Leprosy in India: report of the Leprosy Commission in India, 1890-91
Year: 1890
Disease focus: Leprosy
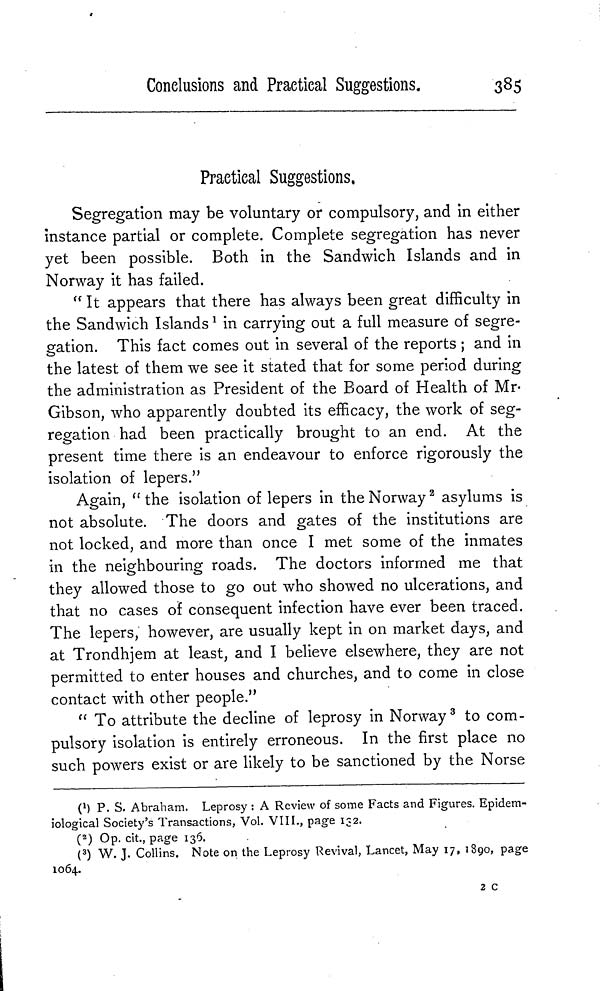
Conclusions and Practical Suggestions.
385
Practical Suggestions.
Segregation may be voluntary or compulsory, and in either
instance partial or complete. Complete segregation has never
yet been possible. Both in the Sandwich Islands and in
Norway it has failed.
" It appears that there has always been great difficulty in
the Sandwich Islands 1 in carrying out a full measure of segre-
gation. This fact comes out in several of the reports ; and in
the latest of them we see it stated that for some period during
the administration as President of the Board of Health of Mr-
Gibson, who apparently doubted its efficacy, the work of seg-
regation had been practically brought to an end. At the
present time there is an endeavour to enforce rigorously the
isolation of lepers."
Again, " the isolation of lepers in the Norway 2 asylums is
not absolute. The doors and gates of the institutions are
not locked, and more than once I met some of the inmates
in the neighbouring roads. The doctors informed me that
they allowed those to go out who showed no ulcerations, and
that no cases of consequent infection have ever been traced.
The lepers, however, are usually kept in on market days, and
at Trondhjem at least, and I believe elsewhere, they are not
permitted to enter houses and churches, and to come in close
contact with other people."
" To attribute the decline of leprosy in Norway 3 to com-
pulsory isolation is entirely erroneous. In the first place no
such powers exist or are likely to be sanctioned by the Norse
( 1 ) P. S. Abraham. Leprosy : A Review of some Facts and Figures. Epidem-
iological Society's Transactions, Vol. VIII., page 132.
( 2 ) Op. cit., page 136.
( 3 ) W. J. Collins. Note on the Leprosy Revival, Lancet, May 17, 1890, page
1064.
2 c